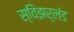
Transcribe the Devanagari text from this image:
स्विझर्लंड